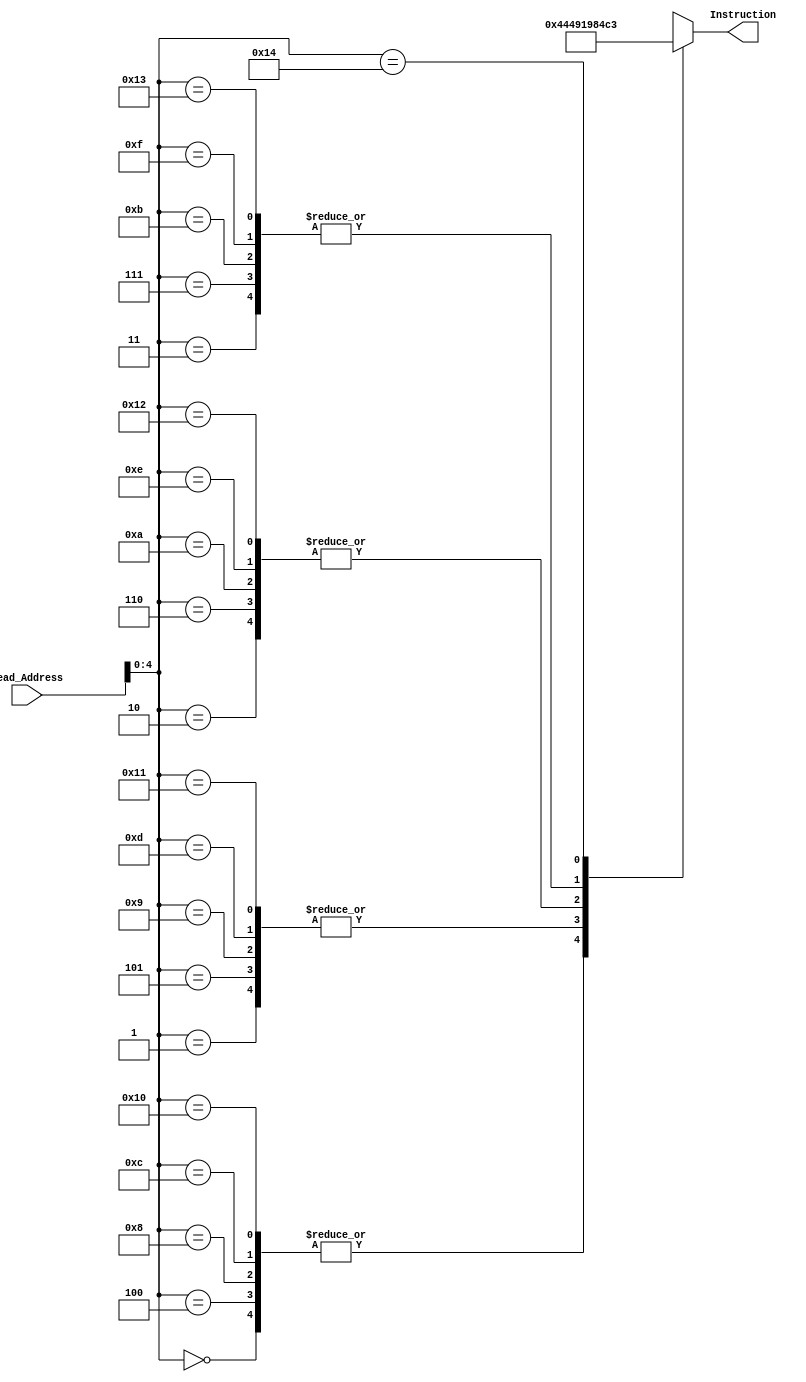
`timescale 1ns / 1ps

module IMEM(
    output [7:0] Instruction,
    input [7:0] Read_Address
    );
	 
	 wire [7:0] MemByte[20:0];
	 
	 assign MemByte[0] = 8'b01000100;
	 assign MemByte[1] = 8'b01001001;
	 assign MemByte[2] = 8'b00011001;
	 assign MemByte[3] = 8'b10000100;
	 
	 assign MemByte[4] = 8'b01000100;
	 assign MemByte[5] = 8'b01001001;
	 assign MemByte[6] = 8'b00011001;
	 assign MemByte[7] = 8'b10000100;
	 
	 assign MemByte[8] = 8'b01000100;
	 assign MemByte[9] = 8'b01001001;
	 assign MemByte[10] = 8'b00011001;
	 assign MemByte[11] = 8'b10000100;
	 
	 assign MemByte[12] = 8'b01000100;
	 assign MemByte[13] = 8'b01001001;
	 assign MemByte[14] = 8'b00011001;
	 assign MemByte[15] = 8'b10000100;
	 
	 assign MemByte[16] = 8'b01000100;
	 assign MemByte[17] = 8'b01001001;
	 assign MemByte[18] = 8'b00011001;
	 assign MemByte[19] = 8'b10000100;

	 assign MemByte[20] = 8'b11000011;

	 assign Instruction = MemByte[Read_Address];

endmodule